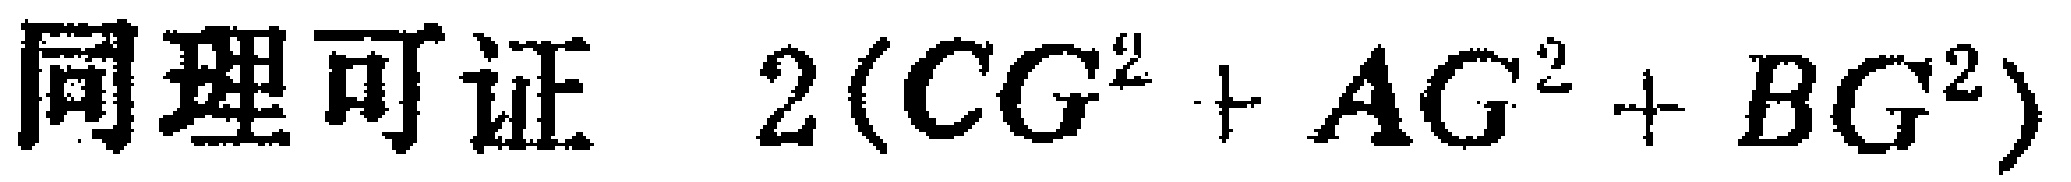
同理可证 \(2(CG^{2} + AG^{2}+BG^{2})\)